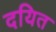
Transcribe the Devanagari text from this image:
दयित